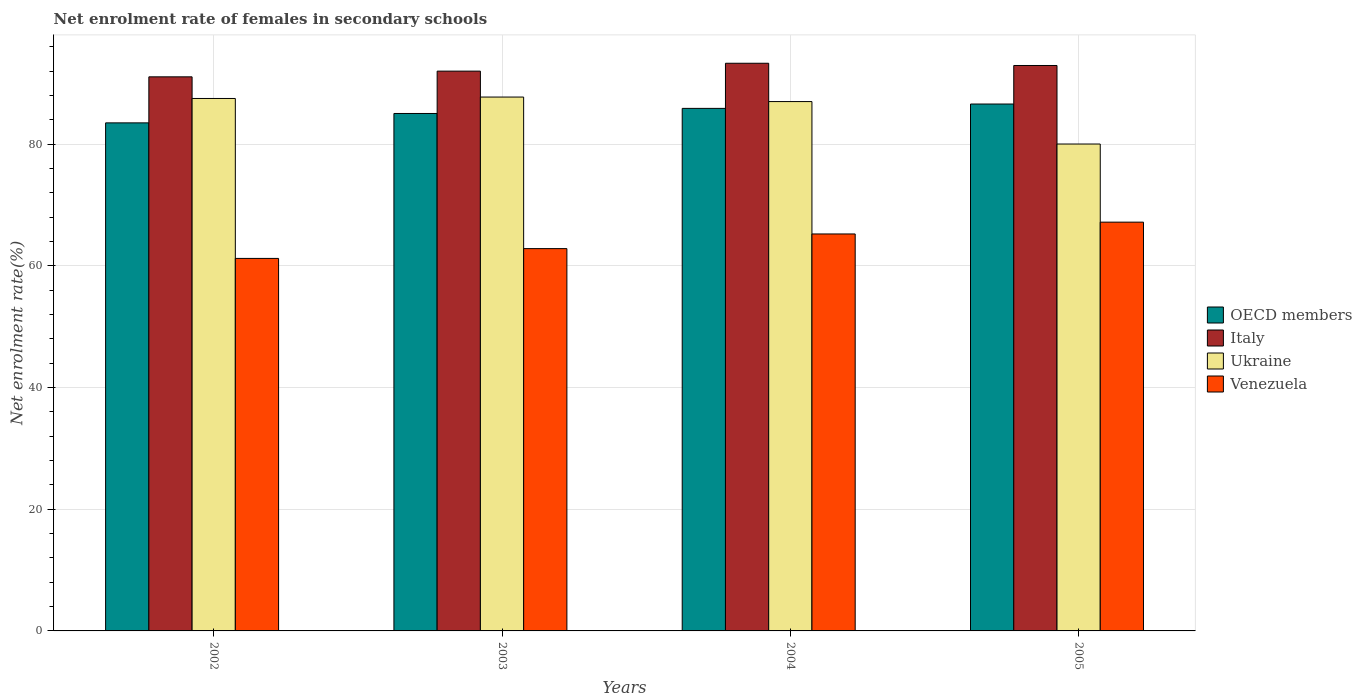
| Years | OECD members | Italy | Ukraine | Venezuela |
 | --- | --- | --- | --- | --- |
 | 2002 | 83.5 | 91.1 | 87.5 | 61.2 |
 | 2003 | 85 | 92 | 87.7 | 62.8 |
 | 2004 | 85.9 | 93.3 | 87 | 65.2 |
 | 2005 | 86.6 | 92.9 | 80 | 67.2 |